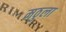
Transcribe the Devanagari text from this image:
मठुला